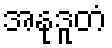
အနုဒူတံ